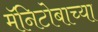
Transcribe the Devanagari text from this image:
मॅनिटोबाच्या